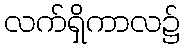
လက်ရှိကာလ၌